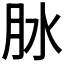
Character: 𦙙